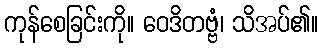
ကုန်စေခြင်းကို။ ဝေဒိတဗ္ဗံ၊ သိအပ်၏။